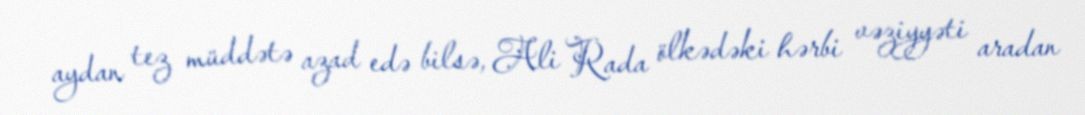
aydan tez müddətə azad edə bilsə, Ali Rada ölkədəki hərbi vəziyyəti aradan